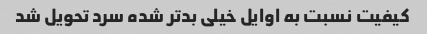
کیفیت نسبت به اوایل خیلی بدتر شده سرد تحویل شد